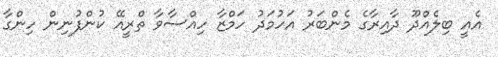
އެއީ ބިލެއްދޫ ދާއިރާގެ މެންބަރު އަހުމަދު ހަމްޒާ ހިއްސާވާ ތްރީއޭ ކުންފުނިން ހިންގާ